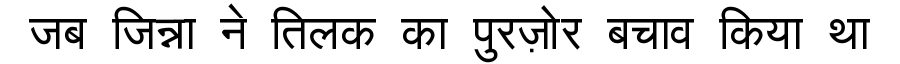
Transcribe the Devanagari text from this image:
जब जिन्ना ने तिलक का पुरज़ोर बचाव किया था